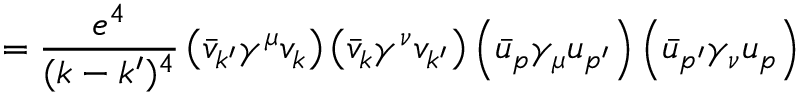
= { \frac { e ^ { 4 } } { ( k - k ^ { \prime } ) ^ { 4 } } } \left( { \bar { v } } _ { k ^ { \prime } } \gamma ^ { \mu } v _ { k } \right) \left( { \bar { v } } _ { k } \gamma ^ { \nu } v _ { k ^ { \prime } } \right) \left( { \bar { u } } _ { p } \gamma _ { \mu } u _ { p ^ { \prime } } \right) \left( { \bar { u } } _ { p ^ { \prime } } \gamma _ { \nu } u _ { p } \right)